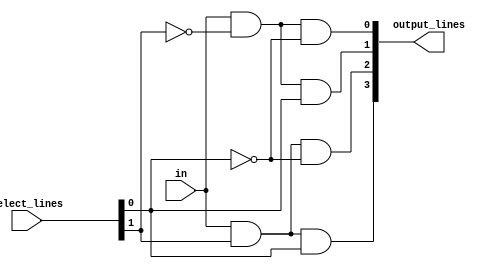
module demultiplexer_1_to_4_dataflow(in, select_lines, output_lines);
    input in; // 1-bit vector for input
    input[1:0] select_lines; // 2-bit vector for select lines
    
    output[3:0] output_lines;  // 4-bit vector for output lines

    //In DEMUX, If we just used case statement and made specific output lines connected to input BASED on the values of select lines, the other lines would be neither 1 nor 0 (UNDEFINED), when they are not connected to input.
    
    //* Data-flow modelling
    assign output_lines[0] = in & ~(select_lines[1]) & ~(select_lines[0]),
           output_lines[1] = in & ~(select_lines[1]) & (select_lines[0]), 
           output_lines[2] = in & (select_lines[1]) & ~(select_lines[0]),
           output_lines[3] = in & (select_lines[1]) & (select_lines[0]);    

    always @(in or select_lines) begin
        #0 // After the time step in which 'in' or 'select_lines' is changed, allowing for assignment.
        $display("Input: %b\nSelect lines: %b\nOutput lines: %b\n", in, select_lines, output_lines);
    end

endmodule

module demultiplexer_1_to_4_dataflow_test;
    reg in;
    reg[1:0] select_lines;
    wire[3:0] output_lines;
    demultiplexer_1_to_4_dataflow wire_driver(in, select_lines, output_lines);
    
    initial begin
          
          in = 1; 
          select_lines = 2'b00;
      #20 select_lines = 2'b01;
      #20 select_lines = 2'b10;
      #20 select_lines = 2'b11;
      #20 $finish;
    end
      
endmodule